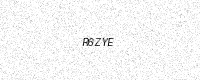
Text: R6ZYE